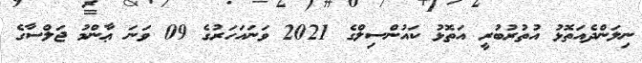
ނިލަންދެއަތޮޅު އުތުރުބުރީ އަތޮޅު ކައުންސިލްގެ 2021 ވަނައަހަރުގެ 09 ވަނަ ޢާންމު ޖަލްސާގެ